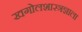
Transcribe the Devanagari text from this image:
खगोलशास्त्रज्ञाला